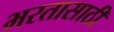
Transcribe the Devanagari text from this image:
भरतासाठी